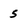
Character: 5